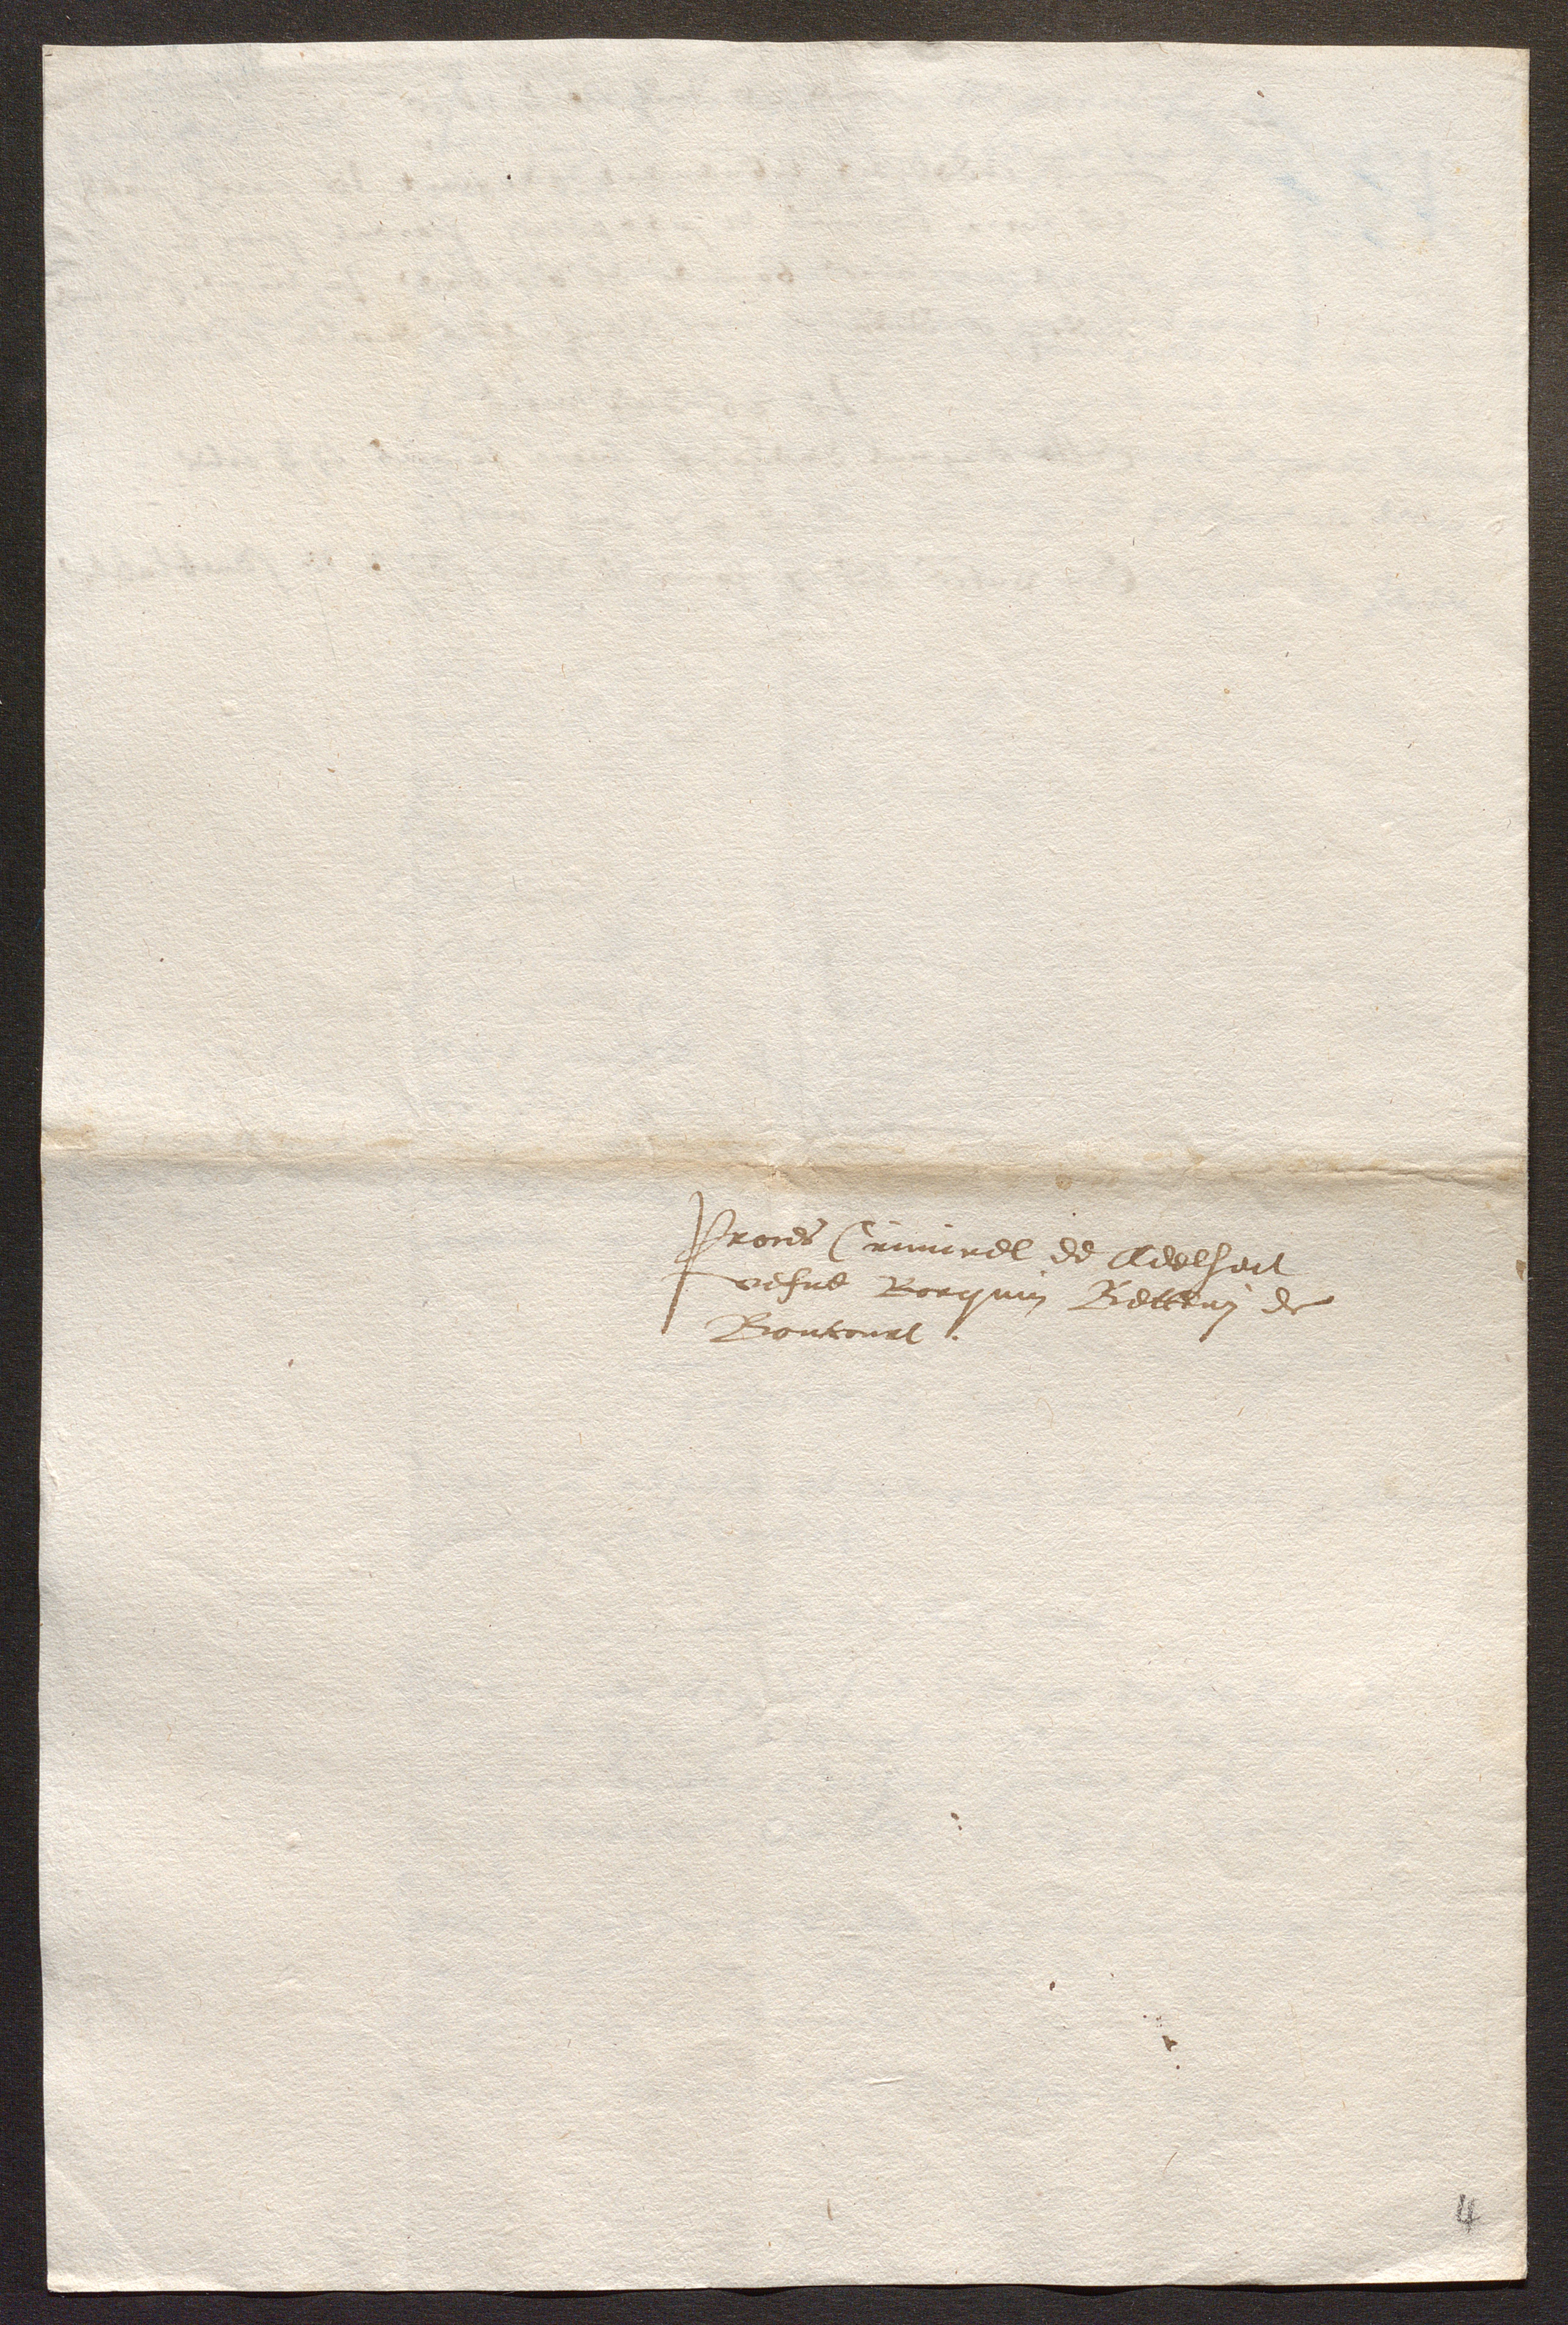
Proces Criminel de Adelheit
vefve Borquin Betteny de
Boncourt